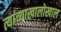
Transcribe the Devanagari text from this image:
त्यांच्याखालोखाल